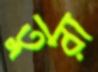
তুরা